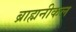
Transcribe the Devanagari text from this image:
ब्राह्मनीकल